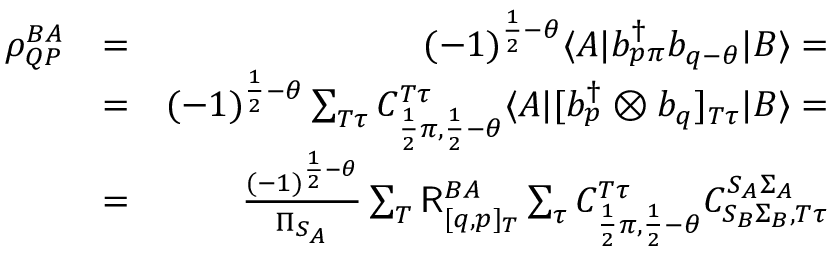
\begin{array} { r l r } { \rho _ { Q P } ^ { B A } } & { = } & { ( - 1 ) ^ { \frac { 1 } { 2 } - \theta } \langle A | b _ { p \pi } ^ { \dagger } b _ { q - \theta } | B \rangle = } \\ & { = } & { ( - 1 ) ^ { \frac { 1 } { 2 } - \theta } \sum _ { T \tau } C _ { \frac { 1 } { 2 } \pi , \frac { 1 } { 2 } - \theta } ^ { T \tau } \langle A | [ b _ { p } ^ { \dagger } \otimes b _ { q } ] _ { T \tau } | B \rangle = } \\ & { = } & { \frac { ( - 1 ) ^ { \frac { 1 } { 2 } - \theta } } { \Pi _ { S _ { A } } } \sum _ { T } \mathsf { R } _ { [ q , p ] _ { T } } ^ { B A } \sum _ { \tau } C _ { \frac { 1 } { 2 } \pi , \frac { 1 } { 2 } - \theta } ^ { T \tau } C _ { S _ { B } \Sigma _ { B } , T \tau } ^ { S _ { A } \Sigma _ { A } } } \end{array}